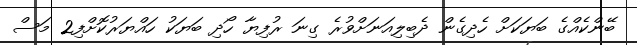
ބޭންކެއްގެ ބަޔަކަށް ހެދިގެން ދެބިލިއަނަށްވުރެ ގިނަ ރުފިޔާ ހޯދި ބަޔަކު ހައްޔަރުކޮށްފި2 މަސް